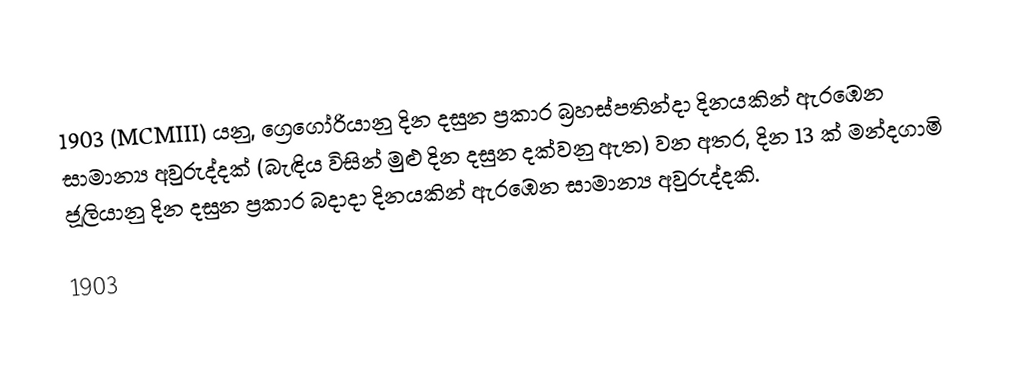

1903 (MCMIII) යනු, ග්‍රෙගෝරියානු දින දසුන ප්‍රකාර බ්‍රහස්පතින්දා දිනයකින් ඇරඹෙන සාමාන්‍ය අවුරුද්දක් (බැඳිය විසින් මුළු දින දසුන දක්වනු ඇත) වන අතර, දින 13 ක් මන්දගාමි  ජූලියානු දින දසුන ප්‍රකාර  බදාදා දිනයකින් ඇරඹෙන සාමාන්‍ය අවුරුද්දකි.

1903